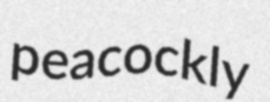
peacockly